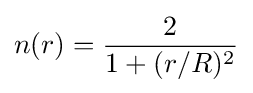
n(r)={\frac {2}{1+(r/R)^{2}}}